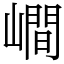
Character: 𡼏